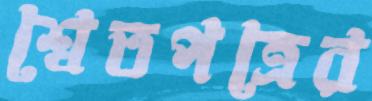
শ্বেতপত্রের